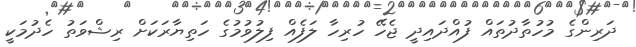
ދަރިންގެ މުހުތާދުތައް ފުއްދައިދީ ޖެހޭ ހުރިހާ ލަފެއް ފިލުވުމުގެ ހަތިޔާރަކަށް ރިޝްވަތު ހެދުމަކީ